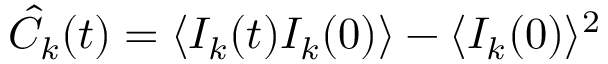
\hat { C } _ { k } ( t ) = \langle I _ { k } ( t ) I _ { k } ( 0 ) \rangle - \langle I _ { k } ( 0 ) \rangle ^ { 2 }